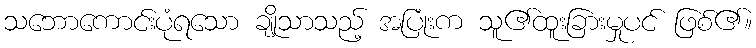
သဘောကောင်းပုံရသော ချိုသာသည့် အပြုံးက သူ၏ထူးခြားမှုပင် ဖြစ်၏။